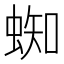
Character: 蜘